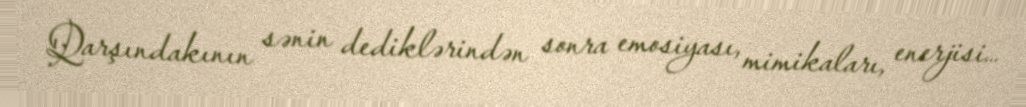
Qarşındakının sənin dediklərindən sonra emosiyası, mimikaları, enerjisi…